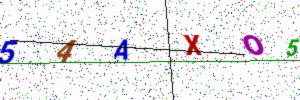
Text: 54AXO5